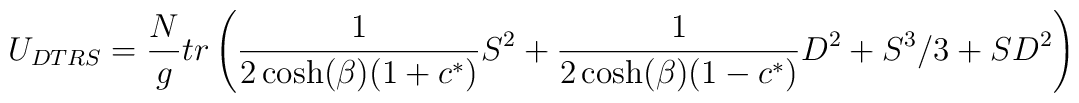
U_{DTRS} =  { N \over g}tr \left( {1 \over 2 \cosh (\beta) (1 + c^*)} S^2 + { 1 \over 2 \cosh (\beta) ( 1 - c^*)} D^2 + S^3 / 3 + S D^2 \right)